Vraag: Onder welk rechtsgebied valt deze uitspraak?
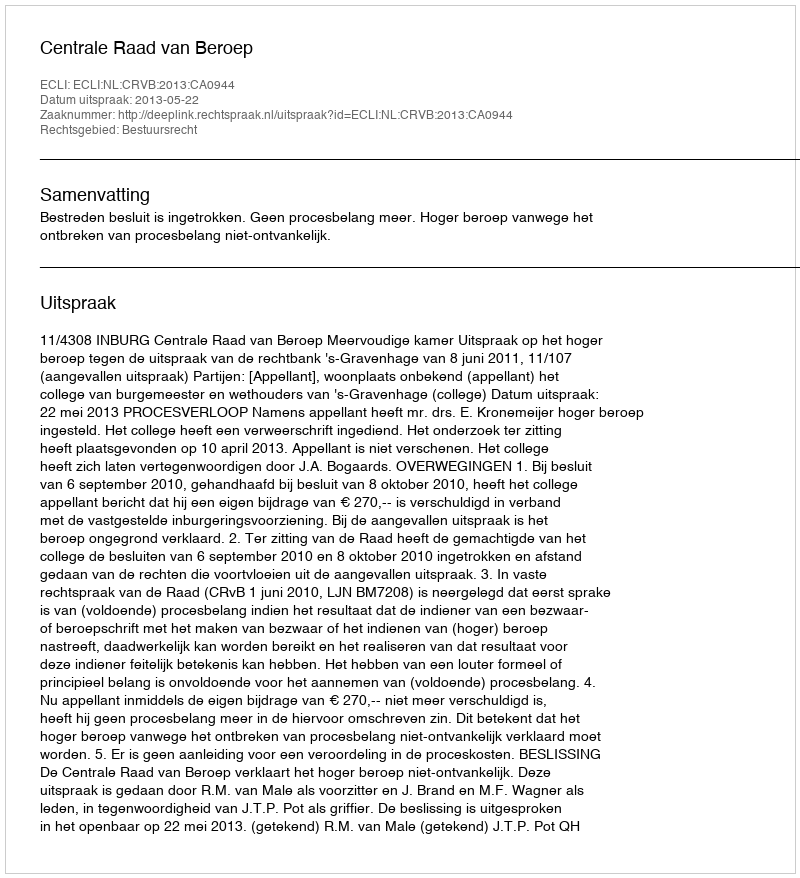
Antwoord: Bestuursrecht